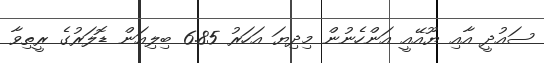
ސައުދީ އާއި ޔޫއޭއީ އަންހެނުން މިދިޔަ އަހަރު 6.85 ބިލިއަން ޑޮލަރުގެ ރީތިވާ